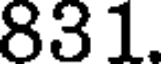
831.